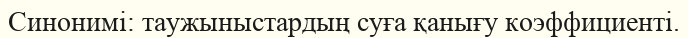
Синонимі: таужыныстардың суға қанығу коэффициенті.